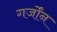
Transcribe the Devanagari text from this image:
गर्जोंन